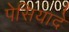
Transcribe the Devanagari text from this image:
पेसियादे